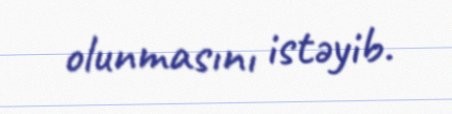
olunmasını istəyib.